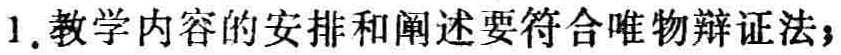
1. 教学内容的安排和阐述要符合唯物辩证法；